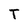
Character: T